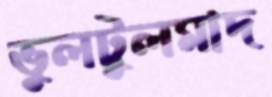
ভুলটুলমাদ